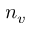
n _ { v }